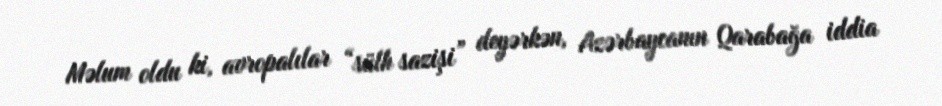
Məlum oldu ki, avropalılar “sülh sazişi” deyərkən, Azərbaycanın Qarabağa iddia